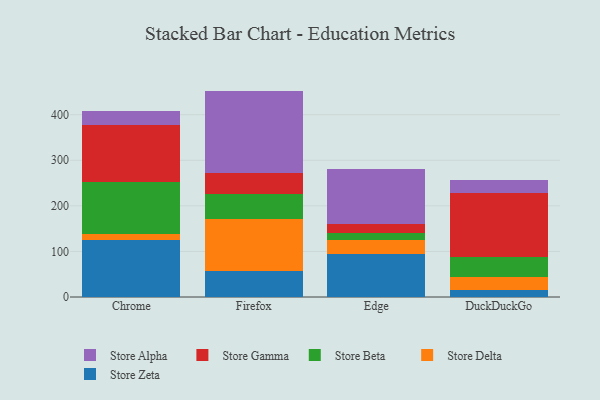
{"axis": {"x": "Browser", "y": "Customer Acquisition Cost (USD)"}, "legend": ["Store Alpha", "Store Beta", "Store Delta", "Store Gamma", "Store Zeta"], "data": [{"x": "Chrome", "y": 124.3, "type": "Store Zeta"}, {"x": "Chrome", "y": 14.8, "type": "Store Delta"}, {"x": "Chrome", "y": 114.2, "type": "Store Beta"}, {"x": "Chrome", "y": 124.4, "type": "Store Gamma"}, {"x": "Chrome", "y": 30.0, "type": "Store Alpha"}, {"x": "Firefox", "y": 57.5, "type": "Store Zeta"}, {"x": "Firefox", "y": 113.0, "type": "Store Delta"}, {"x": "Firefox", "y": 55.1, "type": "Store Beta"}, {"x": "Firefox", "y": 46.8, "type": "Store Gamma"}, {"x": "Firefox", "y": 179.9, "type": "Store Alpha"}, {"x": "Edge", "y": 93.9, "type": "Store Zeta"}, {"x": "Edge", "y": 30.9, "type": "Store Delta"}, {"x": "Edge", "y": 15.1, "type": "Store Beta"}, {"x": "Edge", "y": 21.0, "type": "Store Gamma"}, {"x": "Edge", "y": 119.4, "type": "Store Alpha"}, {"x": "DuckDuckGo", "y": 16.3, "type": "Store Zeta"}, {"x": "DuckDuckGo", "y": 27.6, "type": "Store Delta"}, {"x": "DuckDuckGo", "y": 44.6, "type": "Store Beta"}, {"x": "DuckDuckGo", "y": 139.8, "type": "Store Gamma"}, {"x": "DuckDuckGo", "y": 29.3, "type": "Store Alpha"}]}